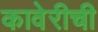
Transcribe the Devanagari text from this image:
कावेरीची